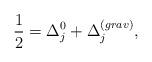
LaTeX: \begin{align*}\frac{1}{2}=\Delta_{j}^{0}+\Delta_{j}^{(grav)},\end{align*}